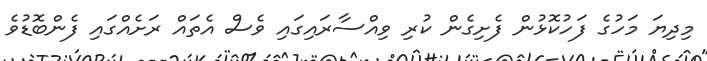
މިދިޔަ މަހުގެ ފަހުކޮޅުން ފެށިގެން ކުރި ވިއްސާރައިގައި ވެސް އެތައް ރަށެއްގައި ފެންބޮޑުވެ